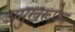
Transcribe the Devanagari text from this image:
प्रमुखरूपेण